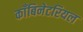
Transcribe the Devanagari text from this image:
काँबिनेटरियल